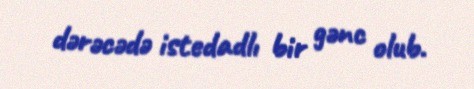
dərəcədə istedadlı bir gənc olub.